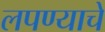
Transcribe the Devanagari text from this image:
लपण्याचे